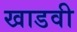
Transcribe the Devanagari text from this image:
खाडवी